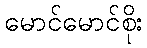
မောင်မောင်စိုး